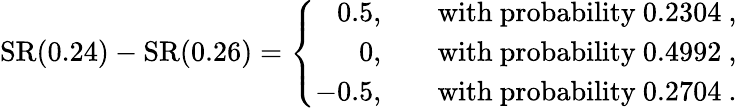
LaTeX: \begin{array}{r}{\mathrm{SR}(0.24)-\mathrm{SR}(0.26)=\left\{ \begin{array}{ll}{\phantom{-}0.5,\quad}&{\mathrm{with~probability~0.2304~},}\\ {\phantom{-0.}0,\quad}&{\mathrm{with~probability~0.4992~},}\\ {-0.5,\quad}&{\mathrm{with~probability~0.2704~}.}\end{array}\right.}\end{array}